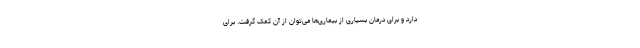
دارد و برای درمان بسیاری از بیماری‌ها می‌توان از آن کمک گرفت. برای